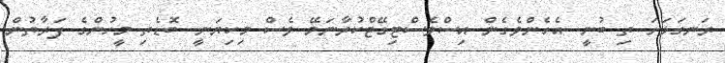
ރަނގަޅަށަ ތި ބުނީ. އެހެންވެގެން އިސްވެސްޓިގޭޓްކުރާނަމޭ ވެސް މިކިޔަނީ. ބޮޑެތި މީހުންގެ ފަރާތުން